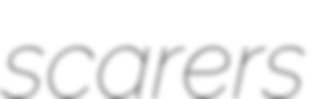
scarers